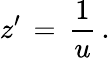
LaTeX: z^{\prime}\, =\, {\frac{1}{u}}\, .